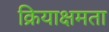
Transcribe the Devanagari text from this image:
क्रियाक्षमता